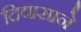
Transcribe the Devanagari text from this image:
दिवासाने